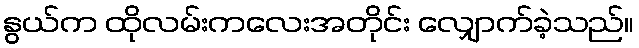
နွယ်က ထိုလမ်းကလေးအတိုင်း လျှောက်ခဲ့သည်။